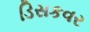
ડિસકવર